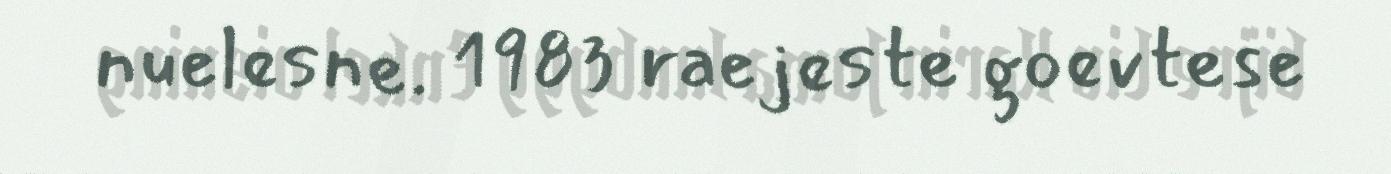
nuelesne. 1983 raejeste goevtese